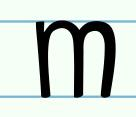
m